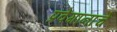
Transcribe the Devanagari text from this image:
प्रवेगानाचे